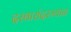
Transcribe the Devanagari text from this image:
दरबारांदरम्यान